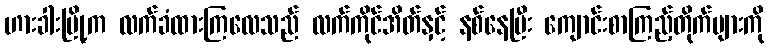
ဟားခါးမြို့က လက်ခံထားကြလေသည် လက်ကိုင်အိတ်နှင့် နစ်နေပြီး ကျောင်းစာကြည့်တိုက်များကို